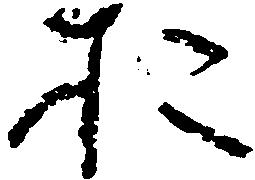
お